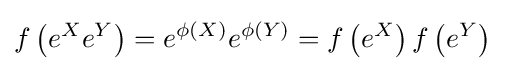
f\left(e^{X}e^{Y}\right)=e^{\phi (X)}e^{\phi (Y)}=f\left(e^{X}\right)f\left(e^{Y}\right)